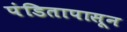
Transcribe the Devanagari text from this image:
पंडितापासून